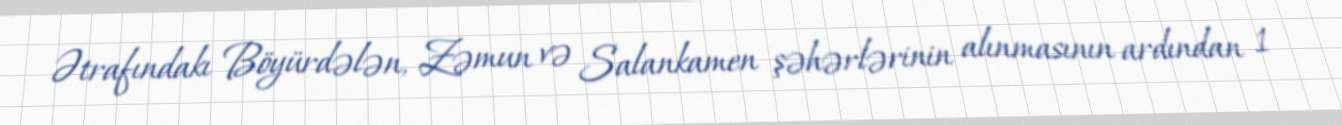
Ətrafındakı Böyürdələn, Zəmun və Salankamen şəhərlərinin alınmasının ardından 1